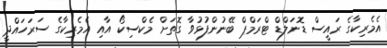
އެމެރިކާގެ ރައީސް ޑޮނަލްޑް ޓްރަމްޕް ބޭނުންފުޅުވާ ގޮތަށް މެކްސިކޯ އާއި އެމެރިކާގެ ސަރަހައްދީ